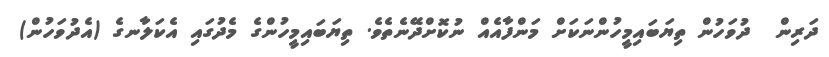
ދަރިން  ދުވަހުން ތިޔަބައިމީހުންނަކަށް މަންފާއެއް ނުކޮށްދޭނެތެވެ. ތިޔަބައިމީހުންގެ މެދުގައި އެކަލާނގެ (އެދުވަހުން)